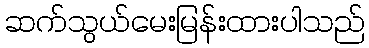
ဆက်သွယ်မေးမြန်းထားပါသည်